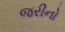
જરીનો